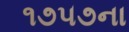
૧૭૫૭ના